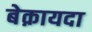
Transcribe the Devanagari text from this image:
बेक़ायदा